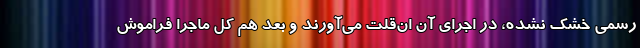
رسمی خشک نشده، در اجرای آن ان‌قلت می‌آورند و بعد هم کل ماجرا فراموش